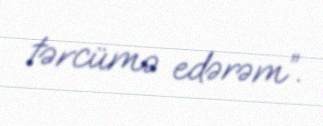
tərcümə edərəm”.